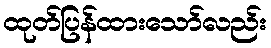
ထုတ်ပြန်ထားသော်လည်း